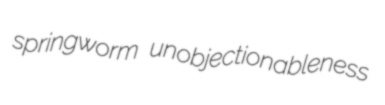
springworm unobjectionableness